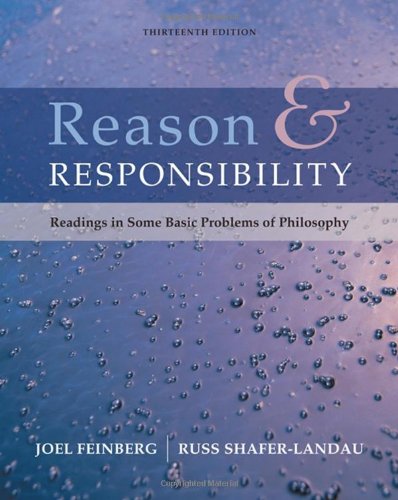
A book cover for Reason and Responsibility: Readings in Some Basic Problems of Philosophy, 13th Edition; Joel Feinberg; Politics & Social Sciences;